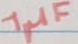
Text: 1µF